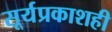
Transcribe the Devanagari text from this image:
सूर्यप्रकाशही